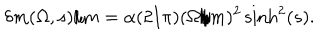
{ \delta m ( \Omega , s ) / m } = \alpha ( 2 / \pi ) ( \Omega / m ) ^ { 2 } \sinh ^ { 2 } ( s ) .